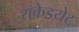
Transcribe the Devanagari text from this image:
राकेडयेट